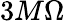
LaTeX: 3M\Omega